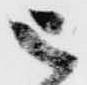
被